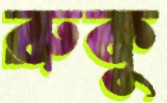
রুকু